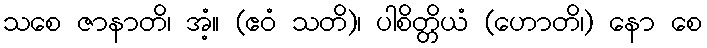
သစေ ဇာနာတိ၊ အံ့။ (ဧဝံ သတိ)၊ ပါစိတ္တိယံ (ဟောတိ၊) နော စေ